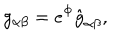
g _ { \alpha \beta } = e ^ { \Phi } \hat { g } _ { \alpha \beta } ,